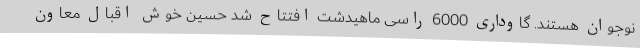
نوجوان هستند. گاوداری 6000 راسی ماهیدشت افتتاح شد حسین خوش اقبال معاون